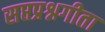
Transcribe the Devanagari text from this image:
सप्तप्रश्नगीता